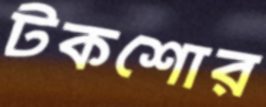
টকশোর